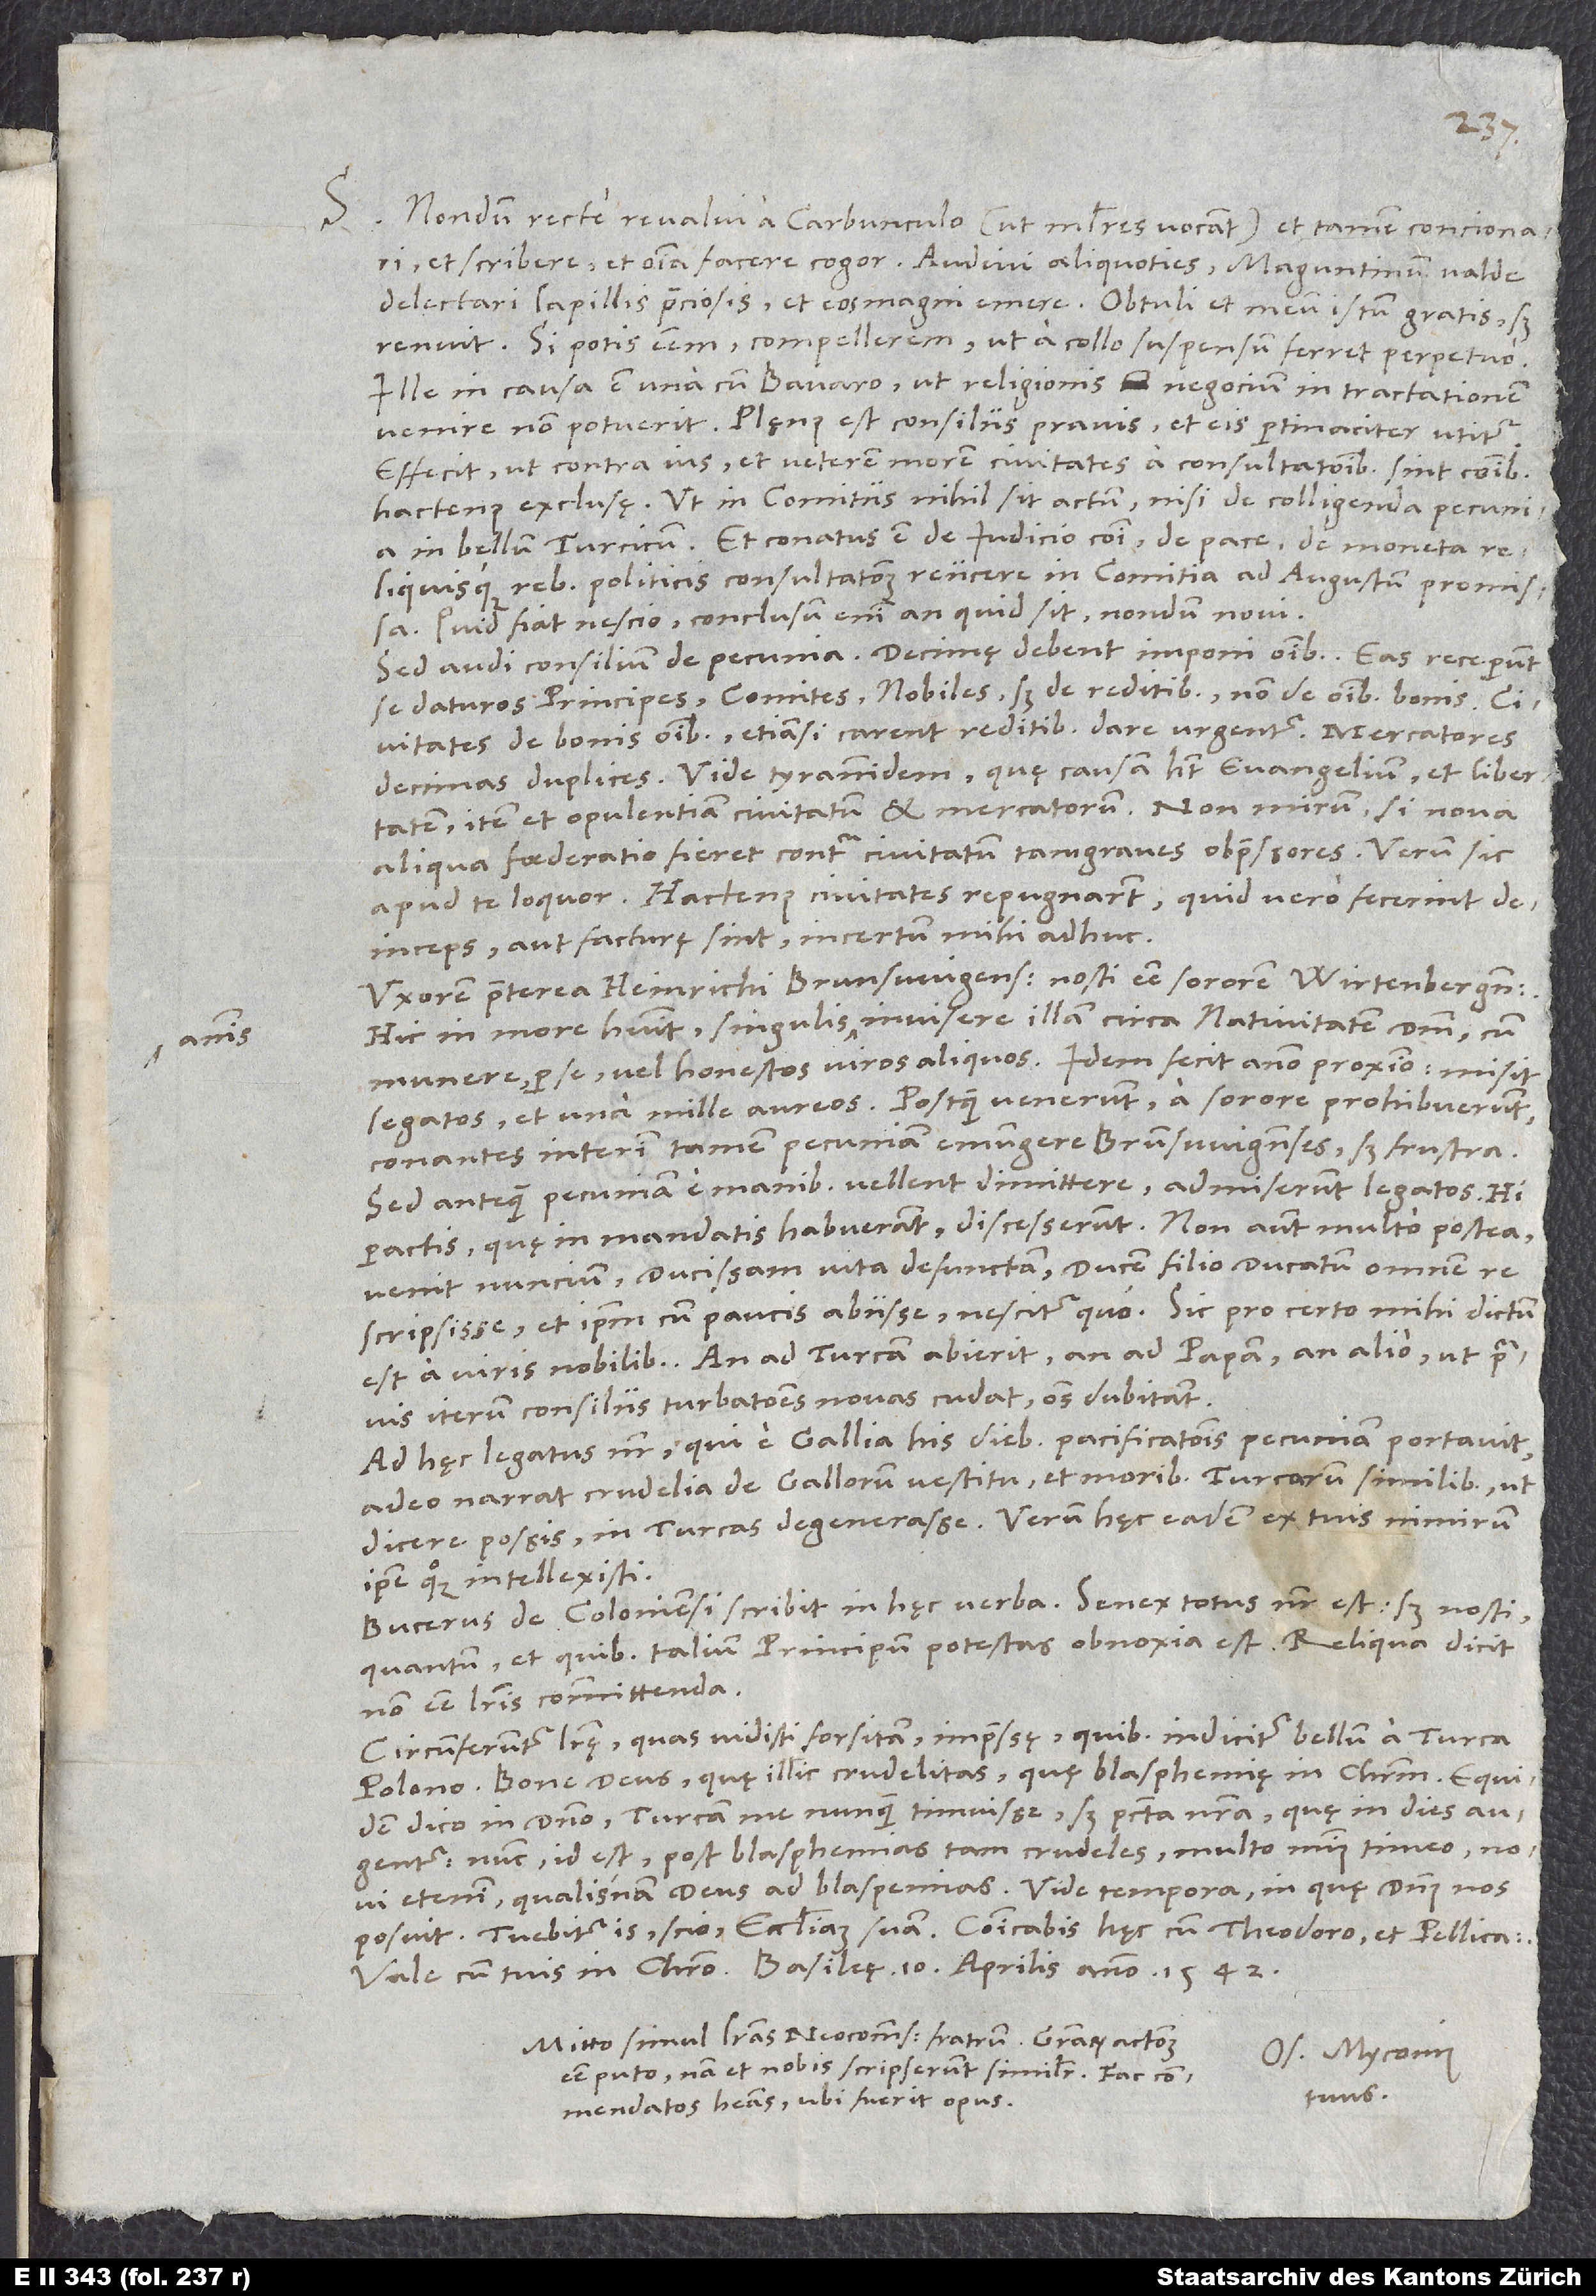
S.

Nondum recte revalui a carbunculo (ut mulieres vocant) et tamen concionari
et scribere et omnia facere cogor. Audivi aliquoties Maguntinum valde
delectari lapillis preciosis et eos magni emere. Obtuli et meum istum gratis, sed
renuit. Si potis essem, compellerem, ut a collo suspensum ferret perpetuo.
Ille in causa est una cum Bavaro, ut religionis negocium in tractationem
venire non potuerit. Plęnus est consiliis pravis et eis pertinaciter utitur.
Effecit, ut contra ius et veterem morem civitates a consultationibus sint communibus
hactenus exclusę, ut in comitiis nihil sit actum nisi de colligenda pecunia
in bellum Turcicum, et conatus est de iudicio communi, de pace, de moneta
reliquisque rebus politicis consultationem reiicere in comitia ad augustum promissa.
Quid fiat, nescio; conclusum enim an quid sit, nondum novi.
Sed audi consilium de pecunia: Decimę debent imponi omnibus. Eas receperunt
se daturos principes, comites, nobiles, sed de reditibus, non de omnibus bonis.
Civitates de bonis omnibus, etiamsi carent reditibus, dare urgentur, mercatores
decimas duplices. Vide tyrannidem, quę causam habet evangelium et libertatem,
aliqua foederatio fieret contra civitatum tam graves obpressores. Verum sic
apud te loquor. Hactenus civitates repugnarunt; quid vero fecerint
deinceps aut facturę sint, incertum mihi adhuc.
Uxorem praeterea Heinrichi Brunswigensis nosti esse sororem Wirtenbergensis.
Hic in more habuit singulis annis invisere illam circa nativitatem domini cum
munere per se vel honestos viros aliquos. Idem fecit anno proximo; misit
legatos et una mille aureos. Postquam venerunt, a sorore prohibuerunt
conantes interim tamen pecuniam emungere Brunswigenses, sed frustra.
Sed antequam pecuniam e manibus vellent dimittere, admiserunt legatos. Hi
peractis, quę in mandatis habuerant, discesserunt. Non autem multo postea
venit nuncium ducissam vita defunctam, ducem filio ducatum omnem
rescripsisse et ipsum cum paucis abiisse, nescitur quo. Sic pro certo mihi dictum
est a viris nobilibus. An ad Turcam abierit, an ad papam an alio, ut pravis
iterum consiliis turbationes novas cudat, omnes dubitant.
Ad hęc legatus noster, qui e Gallia his diebus pacificationis pecuniam portavit,
adeo narrat crudelia de Gallorum vestitu et moribus Turcarum similibus, ut
dicere possis in Turcas degenerasse. Verum hęc eadem ex tuis nimirum
ipse quoque intellexisti.
Bucerus de Coloniensi scribit in hęc verba: „Senex totus noster est; sed nosti,
quantum et quibus talium principum potestas obnoxia est.“ Reliqua dicit
non esse literis committenda.
Circumferuntur literę, quas vidisti forsitan, impressę, quibus indicitur bellum a Turca
Polono. Bone deus, quę illic crudelitas, quę blasphemię in Christum! Equidem
dico in domino Turcam me nunquam timuisse, sed peccata nostra, quę in dies
augentur. Nunc, id est post blasphemias tam crudeles, multo minus timeo; novi
posuit! Tuebitur is, scio, ecclesiam suam. Communicabis hęc cum Theodoro et Pellicano.
Mitto simul literas Neocomensium fratrum. Gratiarum actionem
Os. Myconius
esse puto, nam et nobis scripserunt similiter. Fac,
tuus.
commendatos habeas, ubi fuerit opus.